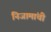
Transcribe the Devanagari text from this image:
निजामांची